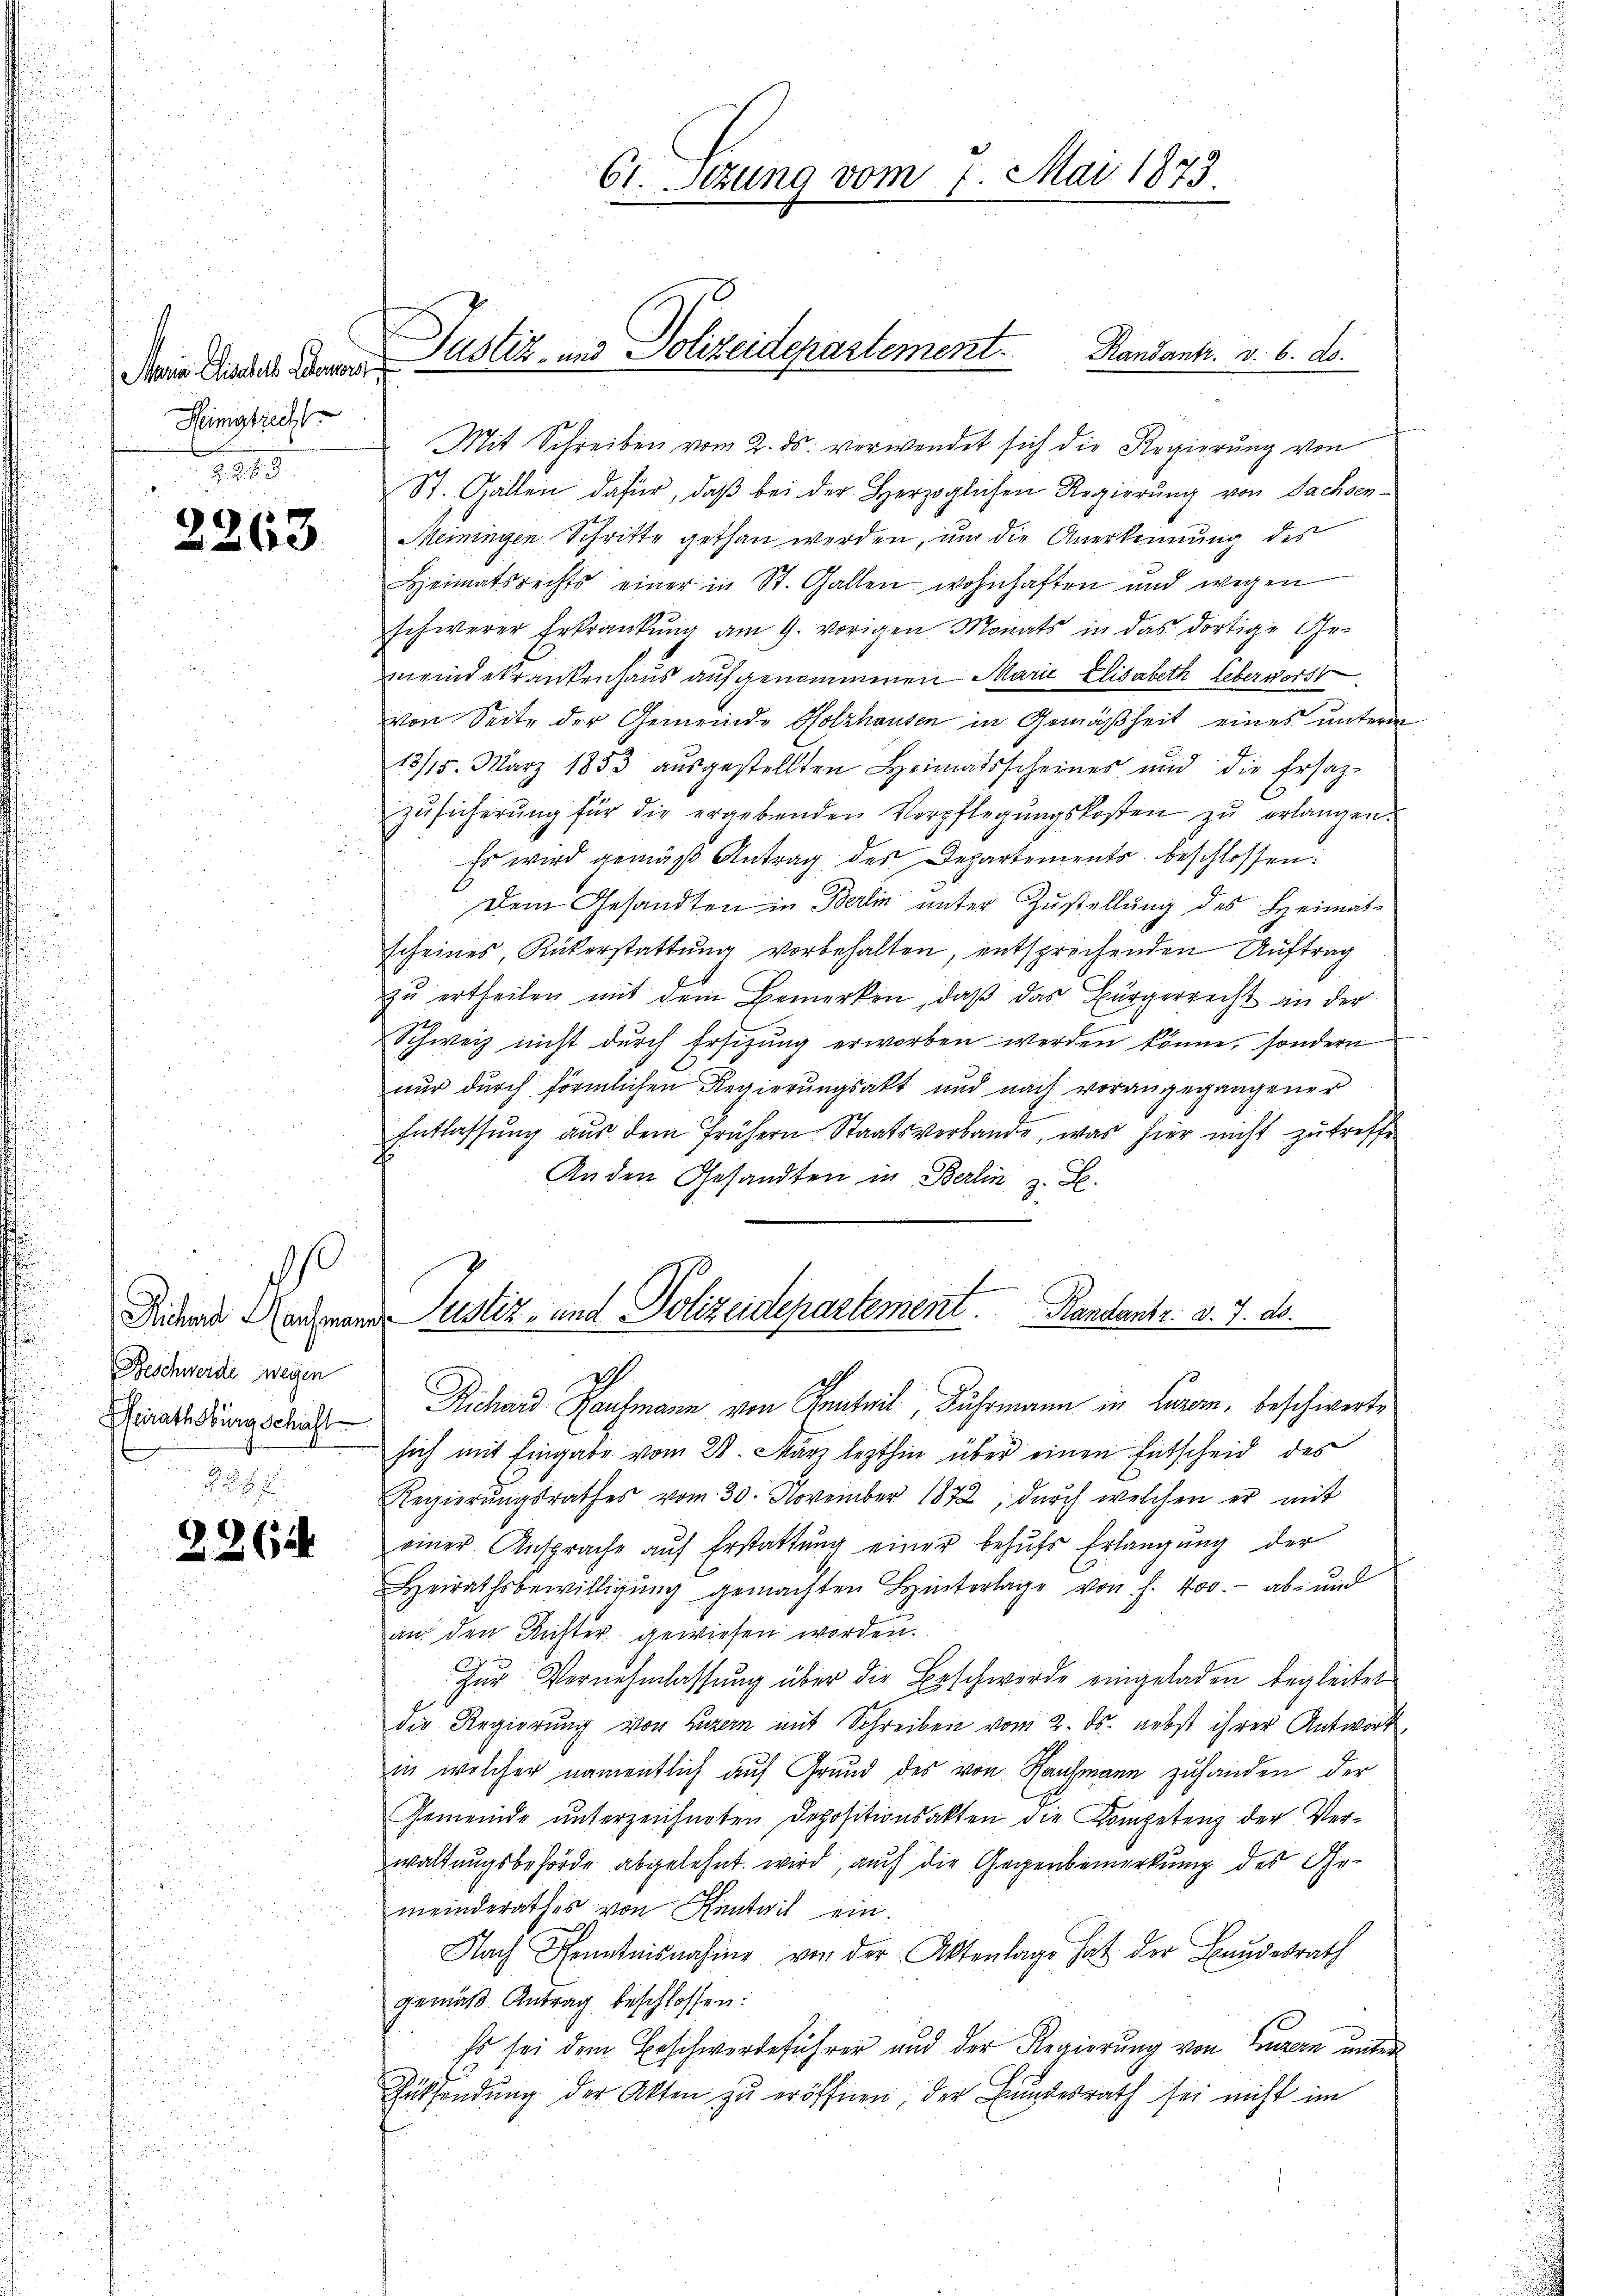
.
Maria Elisabeth Lebervorst
Heimatrecht
7.289.

2263

s
Beschwerde wegen
Beirathsburg Schaft

226

Randantr. d. 6. d.
Mit Schreiben vom 2. ds. verwendet sich die Regierung von
St. Gallen dafür, daß bei der Herzoglichen Regierung von Sachsen-
Meiningen Schritte gethan werden, um die Anerkennung des
Heimatsrechts einer in St. Gallen wohnhaften und wegen
schwerer Erkrankŭng am 9. vorigen Monats in das dortige Ge-
meindekrankenhaus aufgenommenen Marie Elisabeth Leber vorst
von Seite der Gemeinde Holzhausen in Gemäßheit eines unterm
13/15. März 1853 aŭsgestellten Heimatsscheines und die Ersaz-
zŭsicherŭng für die ergebenden Verpflegŭngskosten zŭ erlangen.
Es wird gemäß Antrag des Departements beschlossen:
Dem Gesandten in Berlin unter Zustellung des Heimat-
scheines, Rükerstattung vorbehalten, entsprechenden Auftrag
f
zu ertheilen mit dem Bemerken, daß das Bürgerrecht in der
Schweiz nicht dŭrch Ersitzŭng erworben werden könne, sondern
nur durch förmlichen Regierungsakt und nach vorangegangener
Entlassŭng aŭs dem frühern Staatsverbande, was hier nicht zŭ treffe
Anden Gesandten in Berlin z. B.

Justiz- und Polizeidepartement.

61. Sizung vom 7. Mai 1873.

1
Richard Kaufmann, von Renteil Fuhrmann in Lurem, beschwerte
sich mit Eingabe vom 28. März lezthin über einen Entscheid des
Regierŭngsrathes vom 30. November 1872, dŭrch welchen er mit
einer Ansprache aŭf Erstattŭng einer behŭfs Erlangung der
Heirathsbewilligŭng gemachten Hinterlage von f. 400.- ab- und
an den Richter gewiesen worden.
Zŭr Vernehmlassung über die Beschwerde eingeladen begleitet
die Regierung von Luzern mit Schreiben vom 2. ds. nebst ihrer Antwort
in welcher namentlich auf Grund des von Kaufmann zuhanden der
Gemeinde unterzeichneten Depositionsakten die Kompetenz der Verwaltungsbehörde abgelehnt wird, auch die Gegenbemerkung des Gemeinderathes von Rentait ein.
Nach Kenntnisnahme von der Aktenlage hat der Bundesrath
gemäß Antrag beschlossen:
Es sei dem Beschwerdeführer und der Regierung von Luzern unter
Züksendung der Akten zu eröffnen, der Bundesrath sei nicht im

Sichen Nachmanns Justiz- und Polizeidepartement. Kandants. v. 7. d.